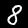
Digit: 8